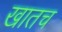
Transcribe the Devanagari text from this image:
खातच